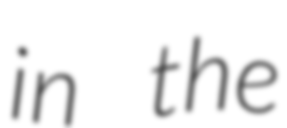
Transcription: in the